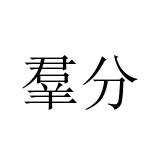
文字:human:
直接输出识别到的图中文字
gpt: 羣分